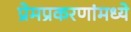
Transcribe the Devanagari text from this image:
प्रेमप्रकरणांमध्ये